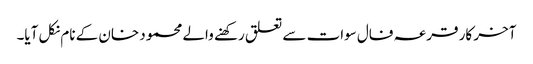
آخر کار قرعہ فال سوات سے تعلق رکھنے والے محمود خان کے نام نکل آیا۔